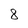
Character: 8